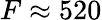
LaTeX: F\approx 520